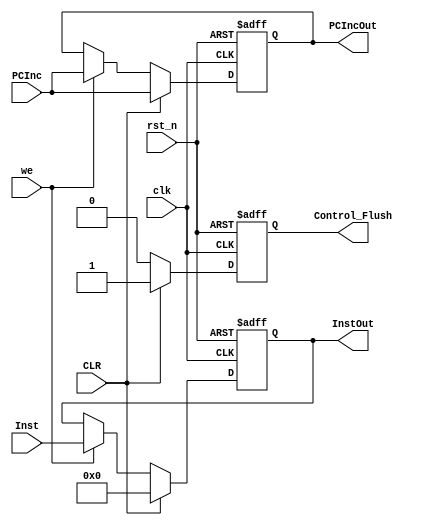
module IF_ID_Reg(clk, rst_n, PCInc, Inst, CLR, we, PCIncOut, InstOut, Control_Flush);
	input clk, CLR, we, rst_n;
	input [15:0]PCInc, Inst;

	output reg [15:0] PCIncOut, InstOut;
	output reg Control_Flush; //used to flush the control unit when a NOP is called or on reset.

	always @ (posedge clk, negedge rst_n) begin
		if(!rst_n) begin
			PCIncOut <= 0;
			InstOut <= 16'h0000;
			Control_Flush <= 1;
		end
		else if(CLR) begin
			PCIncOut <= PCInc;
			InstOut <= 0;
			Control_Flush <= 1;
		end
		else if (we) begin
			PCIncOut <= PCInc;
			InstOut <= Inst;
			Control_Flush <= 0;
		end
		else begin
			PCIncOut <= PCIncOut;
			InstOut <= InstOut;
			Control_Flush <= 0;
		end
	end
endmodule